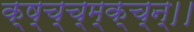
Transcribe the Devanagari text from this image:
क्ष्च्च्म्क्च्न्।।